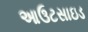
આઉટસાઇડ